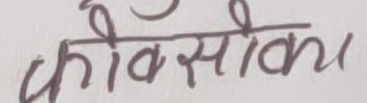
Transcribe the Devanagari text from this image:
कोवसोका